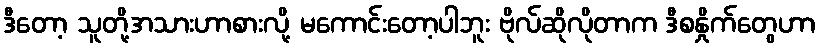
ဒီတော့ သူတို့အသားဟာစားလို့ မကောင်းတော့ပါဘူး ဗိုလ်ဆိုလိုတာက ဒီစနှိုက်တွေဟာ